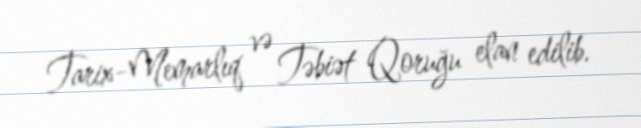
Tarix-Memarlıq və Təbiət Qoruğu elan edilib.